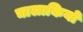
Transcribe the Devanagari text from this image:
चालाकियो